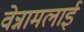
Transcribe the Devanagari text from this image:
वेन्नामलाई